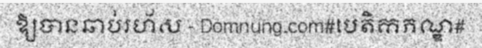
ឱ្យបានឆាប់រហ័ស - Domnung.com#បេតិកភណ្ឌ#